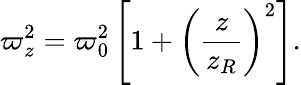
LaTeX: \varpi_{z}^{2}=\varpi_{0}^{2}\left[1+\left(\frac{z}{z_{R}}\right)^{2}\right].